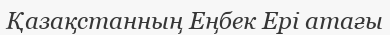
Қазақстанның Еңбек Ері атағы